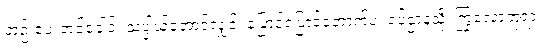
ဘုဉ်းပေးတင့်ခေါင်၊ သပ္ပါယ်အောင်လျှင်၊ ပြောင်ပြောင်တောက်ပ၊ ရပ်ဌာနသို့၊ ကြွလောဘုရား၊